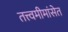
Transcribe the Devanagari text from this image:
तत्त्वमीमांसेत